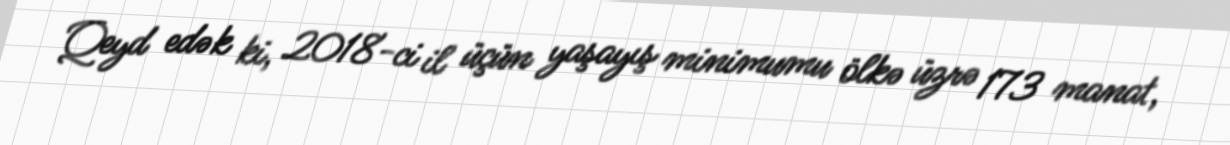
Qeyd edək ki, 2018-ci il üçün yaşayış minimumu ölkə üzrə 173 manat,